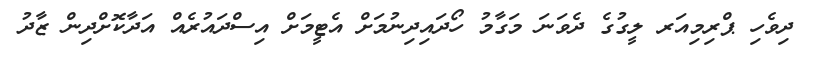
ދިވެހި ޕްރިމިއަރ ލީގުގެ ދެވަނަ މަގާމު ހޯދައިދިނުމަށް އެޓީމަށް އިސްދައުރެއް އަދާކޮށްދިން ޒާދު